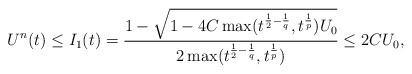
\begin{align*}U^{n}(t)\leq I_1(t)=\frac{1-\sqrt{1-4C\max(t^{\frac{1}{2}-\frac{1}{q}},t^{\frac{1}{p}})U_{0}}}{2\max(t^{\frac{1}{2}-\frac{1}{q}},t^{\frac{1}{p}})}\leq2CU_{0},\end{align*}